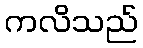
ကလိသည်